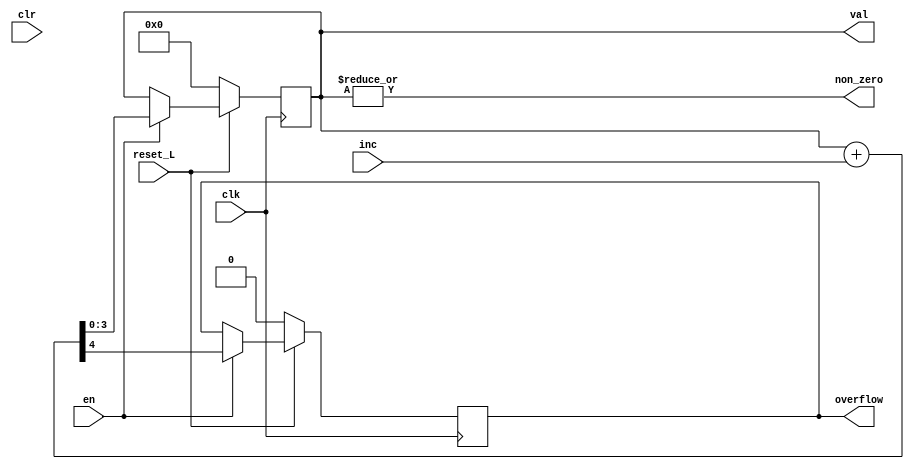
module counter #(
    parameter WIDTH_P = 4
)(
    input clk,
    input reset_L,

    input en,
    input clr,
    input [WIDTH_P-1:0] inc,

    output reg overflow,
    output reg non_zero,
    output reg [WIDTH_P-1:0] val
);

    assign non_zero = |val;

    always @(posedge clk) begin
        if(reset_L == 1'b0) begin
            val <= '0;
            overflow <= '0;
        end
        else
            if(en)
                {overflow,val} <= val + inc;
    end


     `ifdef ASSERT_ON
        
        // Proprety: Reset 
        property reset_counter;
            @(posedge clk) 
                !reset_L |-> (val == 0 && overflow == 0 && non_zero == 0);
        endproperty

        // Property: Clear Value
        property clear_val;
            @(posedge clk) disable iff (reset_L!==1'b1)
                clr |=> (val == 0);
        endproperty

        // Property: Overflow detection
        property overflow_check;
            @(posedge clk) disable iff (reset_L!==1'b1)
                overflow == 0;
        endproperty

        // Property: Indicate when value is zero
        property zero_value;
            @(posedge clk) disable iff (reset_L!==1'b1)
                non_zero == 1;
        endproperty

        // Property: Increment max range
        property inc_range;
            @(posedge clk) disable iff (reset_L!==1'b1)
            inc <= 4'hFFFF;
        endproperty

        // Property: count when enabled
        property count_increase;
            @(posedge clk) disable iff (reset_L!==1'b1)
                (en && (inc != 0)) |=> !($stable(val));
        endproperty



        assert property(clear_val) else $error("RESET NOT CLEARED");

        assert property(overflow_check) else $error("OVERFLOW DETECTED");

        assert property(zero_value) else $info("CURRENT VALUE IS ZERO");

        assert property(reset_counter) else $warning("RESET NOT DEASSERTED");

        assert property(inc_range) else $error("INCREMENT VALUE OUT OF RANGE");

        assert property(count_increase) else $error("NO COUNT INCREASE WHEN EXPECTED");

    `endif


endmodule